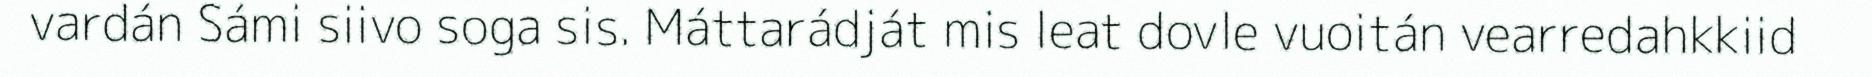
vardán Sámi siivo soga sis. Máttarádját mis leat dovle vuoitán vearredahkkiid